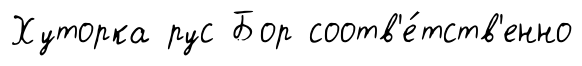
Хуторка рус Бор соотв'е́тств'енно